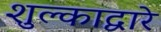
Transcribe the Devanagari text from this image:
शुल्काद्वारे